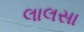
લાલસા